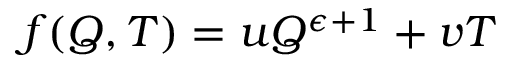
f ( Q , T ) = u Q ^ { \epsilon + 1 } + v T